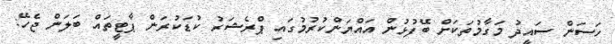
ހަސަން ސައީދު މަގާމުތަކަށް ބޭފުޅުން އައްޔަންކުރުމުގައި ޕްރެޝަރު ކުޑަކުރަން ޕާޓީތައް ބަލަން ޖެހޭ: